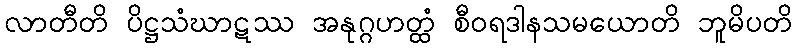
လာတီတိ ပိဋ္ဌသံဃာဋဿ အနုဂ္ဂဟတ္ထံ စီဝရဒါနသမယောတိ ဘူမိပတိ